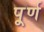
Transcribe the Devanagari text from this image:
पू्र्ण